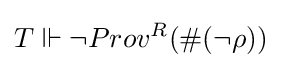
T\Vdash \neg Prov^{R}(\#(\neg \rho ))